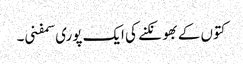
کتوں کے بھونکنے کی ایک پوری سمفنی۔